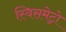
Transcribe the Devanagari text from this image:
स्विसमेट्रो